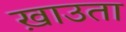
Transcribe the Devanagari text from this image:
ख़ाउता